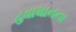
હવામાનના